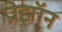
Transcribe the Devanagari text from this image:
प्रोझॉन